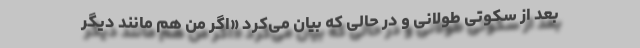
بعد از سکوتی طولانی و در حالی که بیان می‌کرد «اگر من هم مانند دیگر